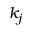
k _ { j }